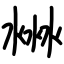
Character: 㴇